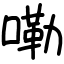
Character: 嘞